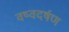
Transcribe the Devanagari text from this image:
वष्वदर्षण